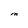
Character: M